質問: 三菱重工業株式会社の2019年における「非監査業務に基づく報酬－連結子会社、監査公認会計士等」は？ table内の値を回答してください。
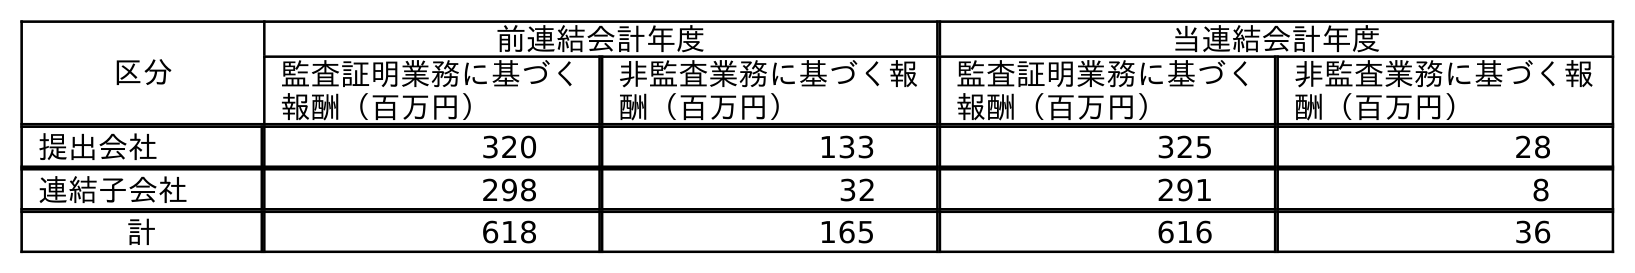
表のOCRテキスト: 区分 前連結会計年度 当連結会計年度 監査証明業務に基づく 報酬（百万円） 非監査業務に基づく報 酬（百万円） 監査証明業務に基づく 報酬（百万円） 非監査業務に基づく報 酬（百万円） 提出会社 320 133 325 28 連結子会社 298 32 291 8 計 618 165 616 36
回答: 32